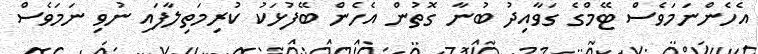
އެހެންނަމަވެސް ޓޭމްގެ ގަވާއިދު ބުނާ ގޮތުން އެހެން ބޭފުޅަކު ކުރިމަތިލާފައި ނުވި ނަމަވެސް